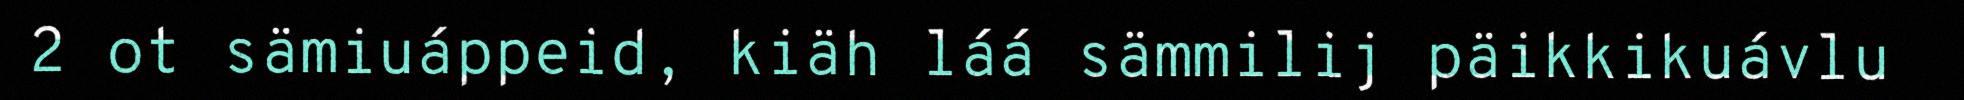
2 ot sämiuáppeid, kiäh láá sämmilij päikkikuávlu